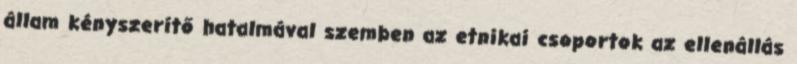
állam kényszerítő hatalmával szemben az etnikai csoportok az ellenállás